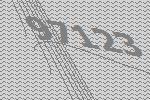
97123